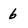
Character: 6